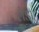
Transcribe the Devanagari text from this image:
लेंडा